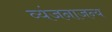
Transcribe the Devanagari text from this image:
व्यंजनाजन्य